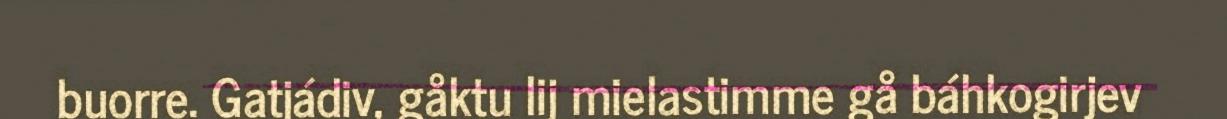
buorre. Gatjádiv, gåktu lij mielastimme gå báhkogirjev